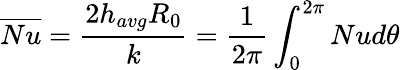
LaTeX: \overline{{Nu}}=\frac{2h_{avg}R_{0}}{k}=\frac{1}{2\pi}\int_{0}^{2\pi}Nud\theta